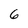
Character: 6